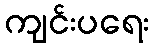
ကျင်းပရေး